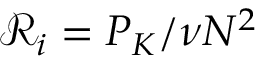
\mathcal { R } _ { i } = P _ { K } / \nu N ^ { 2 }